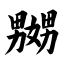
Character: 嬲